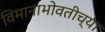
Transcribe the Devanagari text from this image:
विमानाभोवतीच्या